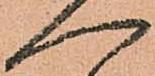
へ